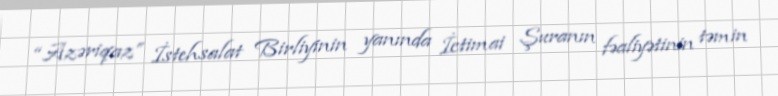
“Azəriqaz” İstehsalat Birliyinin yanında İctimai Şuranın fəaliyətinin təmin